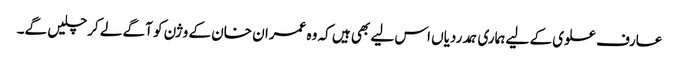
عارف علوی کے لیے ہماری ہمدردیاں اس لیے بھی ہیں کہ وہ عمران خان کے وژن کو آگے لے کر چلیں گے۔